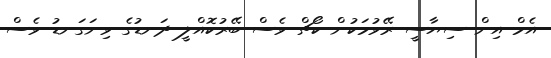
އެމް އިން ސިޔާސީ ރޭވުމަކުން ކޯޗް ވެސް ބޭރުކޮއްލީ ދަނޑުގެ ވިނަގަނޑު ވެސް